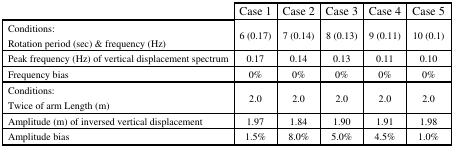
<table><thead><tr><td></td><td><b>Case 1</b></td><td><b>Case 2</b></td><td><b>Case 3</b></td><td><b>Case 4</b></td><td><b>Case 5</b></td></tr></thead><tbody><tr><td>Conditions:Rotation period (sec) &amp; frequency (Hz)</td><td>6 (0.17)</td><td>7 (0.14)</td><td>8 (0.13)</td><td>9 (0.11)</td><td>10 (0.1)</td></tr><tr><td>Peak frequency (Hz) of vertical displacement spectrum</td><td>0.17</td><td>0.14</td><td>0.13</td><td>0.11</td><td>0.10</td></tr><tr><td>Frequency bias</td><td>0%</td><td>0%</td><td>0%</td><td>0%</td><td>0%</td></tr><tr><td>Conditions:Twice of arm Length (m)</td><td>2.0</td><td>2.0</td><td>2.0</td><td>2.0</td><td>2.0</td></tr><tr><td>Amplitude (m) of inversed vertical displacement</td><td>1.97</td><td>1.84</td><td>1.90</td><td>1.91</td><td>1.98</td></tr><tr><td>Amplitude bias</td><td>1.5%</td><td>8.0%</td><td>5.0%</td><td>4.5%</td><td>1.0%</td></tr></tbody></table>